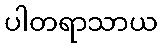
ပါတရာသာယ